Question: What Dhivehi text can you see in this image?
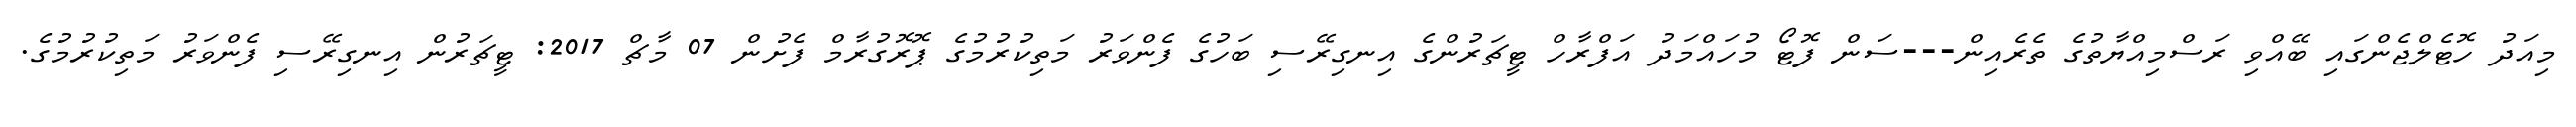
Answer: މިއަދު ހޮޓެލްޖެންގައި ބޭއްވި ރަސްމިއްޔާތުގެ ތެރެއިން---ސަން ފޮޓޯ މުހައްމަދު އަފްރާހް ޓީޗަރުންގެ އިނގިރޭސި ބަހުގެ ފެންވަރު މަތިކުރުމުގެ ޕޮރޮގުރާމް ފެށުން 07 މާޗް 2017: ޓީޗަރުން އިނގިރޭސި ފެންވަރު މަތިކުރުމުގެ.